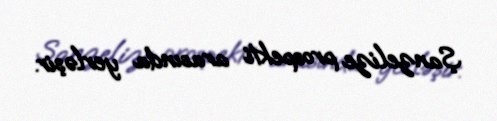
Şanzelize prospekti arasında yerləşir.